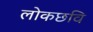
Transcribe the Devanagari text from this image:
लोकछवि